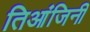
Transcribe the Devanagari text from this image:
तिआंजिनी